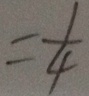
= \frac { 1 } { 4 }